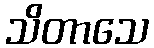
သိတာသေ